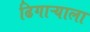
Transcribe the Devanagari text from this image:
ढिगाऱ्याला